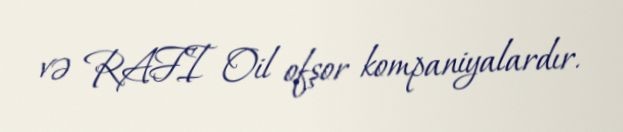
və RAFI Oil ofşor kompaniyalardır.